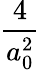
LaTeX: \frac{4}{a_{0}^{2}}